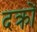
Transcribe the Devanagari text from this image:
दक्रों